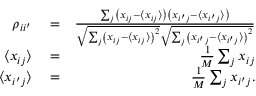
\begin{array} { r l r } { \rho _ { i i ^ { \prime } } } & { { } = } & { \frac { \sum _ { j } \left( x _ { i j } - \langle x _ { i j } \rangle \right) \left( x _ { i ^ { \prime } j } - \langle x _ { i ^ { \prime } j } \rangle \right) } { \sqrt { \sum _ { j } \left( x _ { i j } - \langle x _ { i j } \rangle \right) ^ { 2 } } \sqrt { \sum _ { j } \left( x _ { i ^ { \prime } j } - \langle x _ { i ^ { \prime } j } \rangle \right) ^ { 2 } } } } \\ { \langle x _ { i j } \rangle } & { { } = } & { \frac { 1 } { M } \sum _ { j } x _ { i j } } \\ { \langle x _ { i ^ { \prime } j } \rangle } & { { } = } & { \frac { 1 } { M } \sum _ { j } x _ { i ^ { \prime } j } . } \end{array}